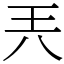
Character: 兲